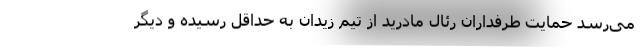
می‌رسد حمایت طرفداران رئال مادرید از تیم زیدان به حداقل رسیده و دیگر